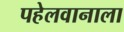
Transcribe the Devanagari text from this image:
पहेलवानाला